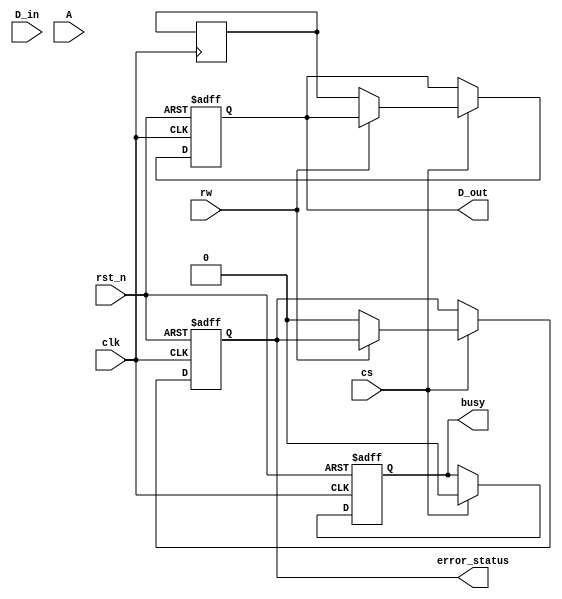
module ecc_dram_io_block (
    input wire clk,
    input wire rst_n,
    input wire cs,                 // Chip Select
    input wire rw,                 // Read/Write Control (1 for write, 0 for read)
    input wire [7:0] D_in,         // Input Data Lines
    output reg [7:0] D_out,        // Output Data Lines
    input wire [3:0] A,            // Address Lines
    output reg busy,               // Busy Signal
    output reg error_status        // Error Status Signal
);

    // ECC parameters
    parameter ECC_BITS = 4;        // Number of ECC bits
    reg [ECC_BITS-1:0] ecc;        // ECC bits
    reg [7:0] data_buffer;          // Input Buffer
    reg [7:0] output_buffer;        // Output Buffer
    reg [ECC_BITS-1:0] received_ecc; // Received ECC bits

    // Error detection and correction logic
    wire error_detected;
    wire [7:0] corrected_data;

    // Simple ECC encoding (Hamming code example)
    function [ECC_BITS-1:0] ecc_encoder(input [7:0] data);
        // Implement Hamming code or similar ECC encoding here
        // This is a placeholder for actual ECC encoding logic
        ecc_encoder = 4'b0000; // Placeholder
    endfunction

    // Simple ECC decoding and correction (Hamming code example)
    function [7:0] ecc_decoder(input [7:0] data, input [ECC_BITS-1:0] ecc);
        // Implement Hamming code or similar ECC decoding and correction here
        // This is a placeholder for actual ECC decoding logic
        ecc_decoder = data; // Placeholder
    endfunction

    // State machine for read/write operations
    always @(posedge clk or negedge rst_n) begin
        if (!rst_n) begin
            busy <= 0;
            error_status <= 0;
            D_out <= 8'b0;
        end else if (cs) begin
            busy <= 1;
            if (rw) begin // Write Operation
                data_buffer <= D_in;
                ecc <= ecc_encoder(D_in); // Generate ECC
                // Store data and ECC in memory (not shown)
            end else begin // Read Operation
                // Retrieve data and ECC from memory (not shown)
                output_buffer <= corrected_data; // Assume corrected_data is retrieved
                D_out <= output_buffer;
                error_status <= error_detected; // Set error status if detected
            end
            busy <= 0;
        end
    end

    // Error detection logic (placeholder)
    assign error_detected = 0; // Replace with actual error detection logic

    // Error correction logic (placeholder)
    assign corrected_data = ecc_decoder(output_buffer, received_ecc); // Replace with actual logic

endmodule